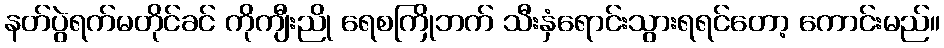
နတ်ပွဲရက်မတိုင်ခင် ကိုကျီးညို ရေစကြိုဘက် သီးနှံရောင်းသွားရရင်တော့ ကောင်းမည်။